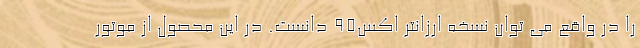
را در واقع می توان نسخه ارزانتر اکس95 دانست. در این محصول از موتور